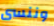
وننسى